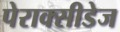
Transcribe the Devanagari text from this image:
पेराक्सीडेज